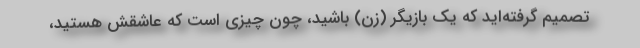
تصمیم گرفته‌اید که یک بازیگر (زن) باشید، چون چیزی است که عاشقش هستید،